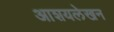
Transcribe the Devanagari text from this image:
आशयलेखन